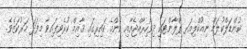
ކުންޑަލްކުލަމް ނިއުކްލިއަރ ޕްލާންޓަކީ ދިވެހިރާއްޖެއާއި އެންމެ ކައިރިގައި ޤާއިމް ކުރެވިފައިވާ މިފަދަ މަރުކަޒެވެ.